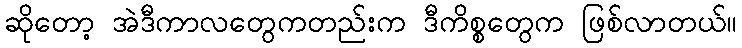
ဆိုတော့ အဲဒီကာလတွေကတည်းက ဒီကိစ္စတွေက ဖြစ်လာတယ်။